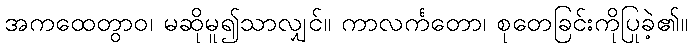
အကထေတွာဝ၊ မဆိုမူ၍သာလျှင်။ ကာလင်္ကတော၊ စုတေခြင်းကိုပြုခဲ့၏။